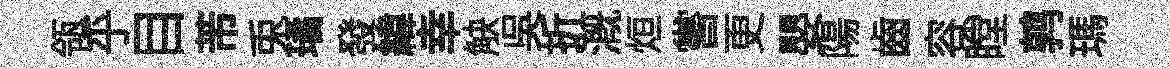
瓴乎目芾兎璚發緯幸觖吴折溉烜嘗更嬰陽齒容瞠鹑瑪